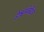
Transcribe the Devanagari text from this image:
ईश्वरकेंद्रित